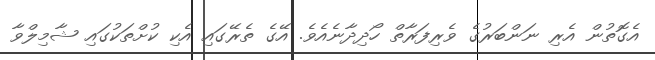
އެގޮތުން އެރި ނަންބަރުގެ ވެރިފަރާތް ހޯދިދާނެއެވެ. އޭގެ ތެރޭގައި އެކި ކުށްތަކުގައި ޝާމިލްވާ